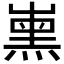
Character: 𡴦